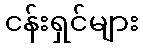
ငန်းရှင်များ